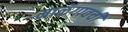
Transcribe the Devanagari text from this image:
माळॅगावची